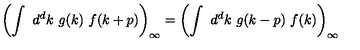
\left( \int \ d ^ { d } k \ g ( k ) \ f ( k + p ) \right) _ { \infty } = \left( \int \ d ^ { d } k \ g ( k - p ) \ f ( k ) \right) _ { \infty }